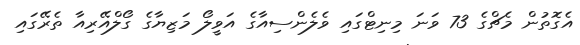
އެގޮތުން މެޗްގެ 73 ވަނަ މިނިޓްގައި ވެލެންސިއާގެ އަވީލޯ މަޒިޔާގެ ގޯލްއޭރިއާ ތެރޭގައި